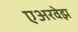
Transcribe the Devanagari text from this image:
एअरवेझ